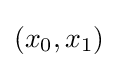
\left(x_{0},x_{1}\right)